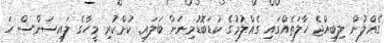
ގެއްލުން ލިބިއްޖެ ހާލަތެއްގައި ގެއްލުމުގެ ކުޑަބޮޑުމިނަށް ބަލައި